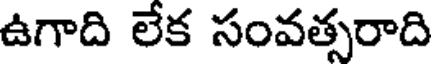
ఉగాది లేక సంవత్సరాది